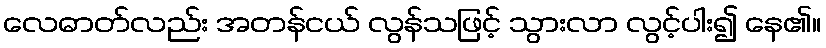
လေဓာတ်လည်း အတန်ငယ် လွန်သဖြင့် သွားလာ လွင့်ပါး၍ နေ၏။